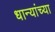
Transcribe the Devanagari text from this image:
धान्यांच्या